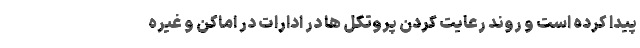
پیدا کرده است و روند رعایت کردن پروتکل ها در ادارات در اماکن و غیره